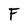
Character: F